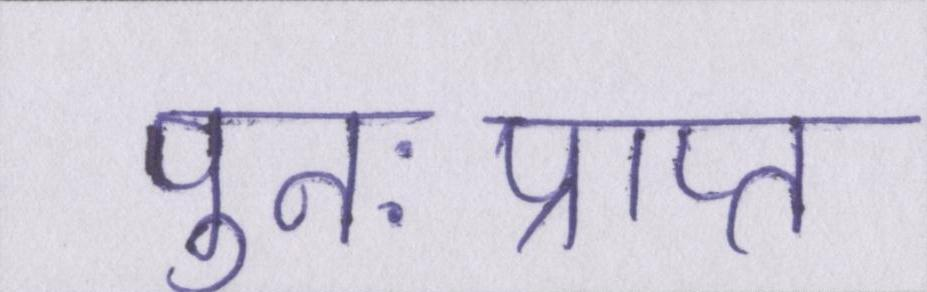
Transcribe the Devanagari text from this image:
पुनःप्राप्त